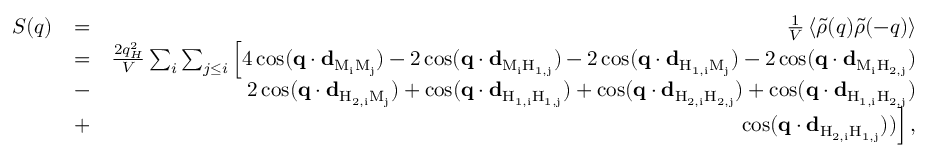
\begin{array} { r l r } { S ( q ) } & { = } & { \frac { 1 } { V } \left\langle \tilde { \rho } ( q ) \tilde { \rho } ( - q ) \right\rangle } \\ & { = } & { \frac { 2 q _ { H } ^ { 2 } } { V } \sum _ { i } \sum _ { j \leq i } \Big [ 4 \cos ( \mathbf { q } \cdot \mathbf { d } _ { \mathrm { M _ { i } M _ { j } } } ) - 2 \cos ( \mathbf { q } \cdot \mathbf { d } _ { \mathrm { M _ { i } H _ { 1 , j } } } ) - 2 \cos ( \mathbf { q } \cdot \mathbf { d } _ { \mathrm { H _ { 1 , i } M _ { j } } } ) - 2 \cos ( \mathbf { q } \cdot \mathbf { d } _ { \mathrm { M _ { i } H _ { 2 , j } } } ) } \\ & { - } & { 2 \cos ( \mathbf { q } \cdot \mathbf { d } _ { \mathrm { H _ { 2 , i } M _ { j } } } ) + \cos ( \mathbf { q } \cdot \mathbf { d } _ { \mathrm { H _ { 1 , i } H _ { 1 , j } } } ) + \cos ( \mathbf { q } \cdot \mathbf { d } _ { \mathrm { H _ { 2 , i } H _ { 2 , j } } } ) + \cos ( \mathbf { q } \cdot \mathbf { d } _ { \mathrm { H _ { 1 , i } H _ { 2 , j } } } ) } \\ & { + } & { \cos ( \mathbf { q } \cdot \mathbf { d } _ { \mathrm { H _ { 2 , i } H _ { 1 , j } } } ) ) \Big ] \, , } \end{array}